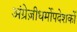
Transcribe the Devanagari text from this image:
अंग्रेज़ीधर्मोपदेशकों